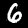
Label: 6